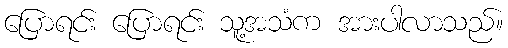
ပြောရင်း ပြောရင်း သူ့အသံက အားပါလာသည်။